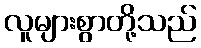
လူများစွာတို့သည်